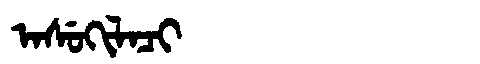
Manchu: ᠠᠰᡠᡴᡳᠯᠠᠴᡳ
Romanization: ASUKILACI